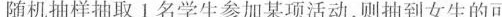
随机抽样抽取Ⅰ名学生参加某项活动，则抽到女生的可